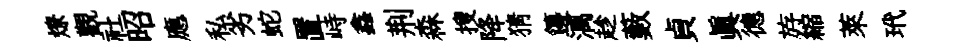
燎觀社昭應私劣蛇置峙鑫荆森搜降猜籩漓趁藪貞眞德斿縮萊玳